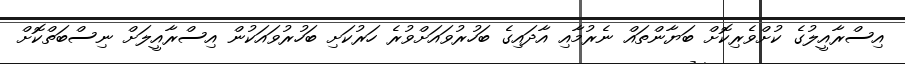
އިސްރާއީލުގެ ކުށްވެރިކޮށް ބަޔާންތައް ނެރުމާއި އާދައިގެ ބަހުރުވައަށްވުރެ ހަރުކަށި ބަހުރުވައަކުން އިސްރާއީލަށް ނިސްބަތްކޮށް